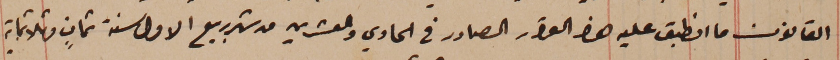
القانون ما انطبق عليه هذا القرار الصادر فى الحادي والعشرين من  شهر ربيع الاول سنة ثمانٍ وثلاثماية